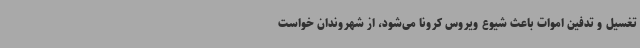
تغسیل و تدفین اموات باعث شیوع ویروس کرونا می‌شود، از شهروندان خواست